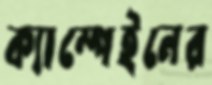
ক্যাম্পেইনের